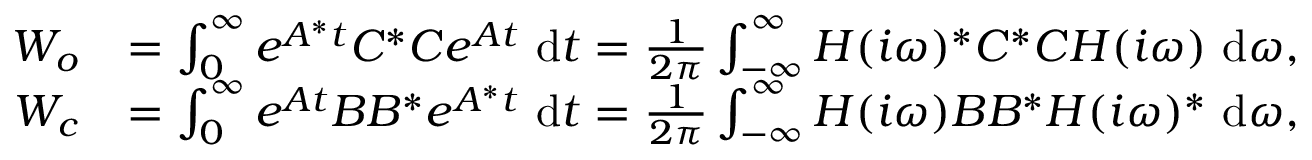
\begin{array} { r l } { \b { W _ { o } } } & { = \int _ { 0 } ^ { \infty } e ^ { \b { A } ^ { * } t } \b { C } ^ { * } \b { C } e ^ { \b { A } t } ~ \mathrm { d } t = \frac { 1 } { 2 \pi } \int _ { - \infty } ^ { \infty } \b { H } ( i \omega ) ^ { * } \b { C } ^ { * } \b { C } \b { H } ( i \omega ) ~ \mathrm { d } \omega , } \\ { \b { W _ { c } } } & { = \int _ { 0 } ^ { \infty } e ^ { \b { A } t } \b { B } \b { B } ^ { * } e ^ { \b { A } ^ { * } t } ~ \mathrm { d } t = \frac { 1 } { 2 \pi } \int _ { - \infty } ^ { \infty } \b { H } ( i \omega ) \b { B } \b { B } ^ { * } \b { H } ( i \omega ) ^ { * } ~ \mathrm { d } \omega , } \end{array}